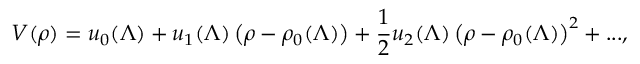
V ( \rho ) = u _ { 0 } ( \Lambda ) + u _ { 1 } ( \Lambda ) \left( \rho - \rho _ { 0 } ( \Lambda ) \right) + \frac { 1 } { 2 } u _ { 2 } ( \Lambda ) \left( \rho - \rho _ { 0 } ( \Lambda ) \right) ^ { 2 } + . . . ,